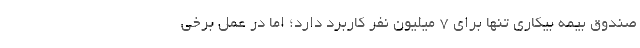
صندوق بیمه بیکاری تنها برای ۷ میلیون نفر کاربرد دارد؛ اما در عمل برخی